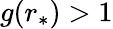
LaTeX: g(r_{*})>1